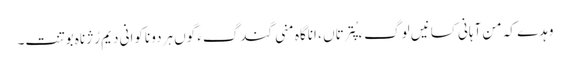
وہدے کہ من آہانی کسانیں لوگءَ پُترتاں ، اناگاہ منی گندگءَ گوں ہردو ناکوانی دیم رُژناہ بوتنت۔